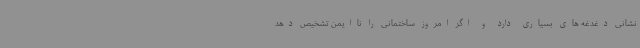
نشانی دغدغه های بسیاری دارد و اگر امروز ساختمانی را ناایمن تشخیص دهد